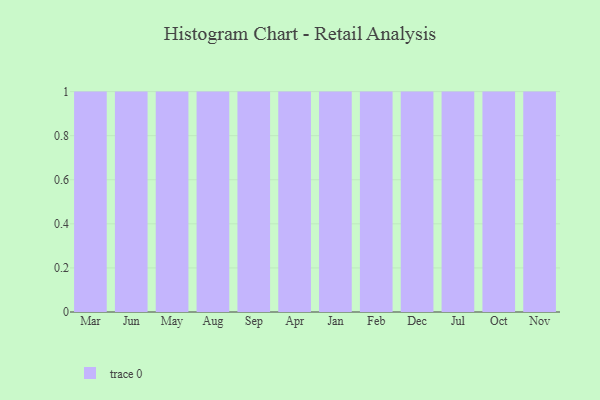
{"axis": {"x": "Month", "y": "Energy Usage (MWh)"}, "legend": [""], "data": [{"x": "Mar", "y": 5, "type": ""}, {"x": "Jun", "y": 15, "type": ""}, {"x": "May", "y": 74, "type": ""}, {"x": "Aug", "y": 71, "type": ""}, {"x": "Sep", "y": 16, "type": ""}, {"x": "Apr", "y": 7, "type": ""}, {"x": "Jan", "y": 37, "type": ""}, {"x": "Feb", "y": 61, "type": ""}, {"x": "Dec", "y": 21, "type": ""}, {"x": "Jul", "y": 19, "type": ""}, {"x": "Oct", "y": 41, "type": ""}, {"x": "Nov", "y": 60, "type": ""}]}